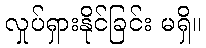
လှုပ်ရှားနိုင်ခြင်း မရှိ။